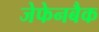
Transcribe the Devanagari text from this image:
जेफेनबैक